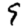
Digit: 9